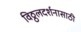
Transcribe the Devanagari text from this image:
विठ्ठलदर्शनासाठी